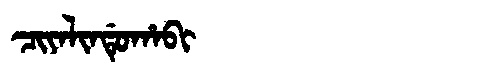
Manchu: ᠴᡳᠶᠠᠯᡳᠨᡩᡠᡥᠠᠪᡳ
Romanization: CIYALINDUHABI